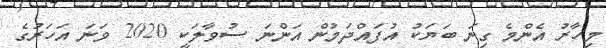
މިހާރު އެންމެ ގިނަ ބަޔަކު އުފައްދަމުން އަންނަ ސުވާލަކީ 2020 ވަނަ އަހަރުގެ